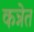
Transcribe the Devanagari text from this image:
कन्नेत